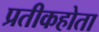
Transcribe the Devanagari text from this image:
प्रतीकहोता